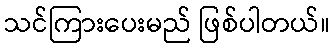
သင်ကြားပေးမည် ဖြစ်ပါတယ်။